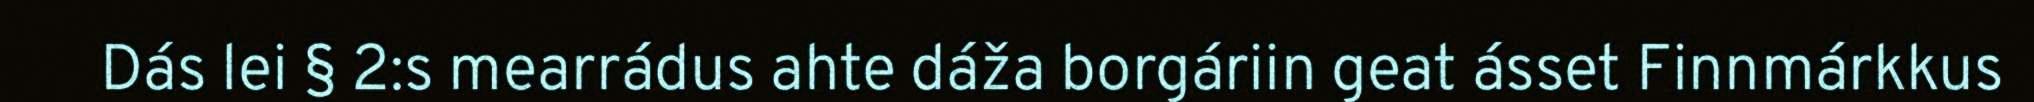
Dás lei § 2:s mearrádus ahte dáža borgáriin geat ásset Finnmárkkus